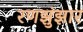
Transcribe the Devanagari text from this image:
रणझुंझार